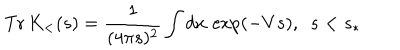
\mathrm { T r } \, K _ { < } ( s ) = \frac { 1 } { ( 4 \pi s ) ^ { 2 } } \int d x \, \exp \left( - V s \right) , \, \, \, s < s _ { \ast }